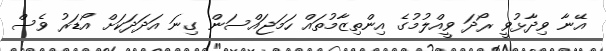
އޭނާ ވިދާޅުވީ ރޯދަ ވީއްލުމުގެ އިންތިޒާމުތައް ހަމަޖައްސަން ގިނަ އަދަދަކަށް އޯޑަރު ވެސް